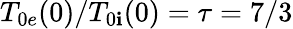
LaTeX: T_{0e}(0)/T_{0\mathbf{i}}(0)=\tau=7/3